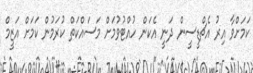
ކަމަށްވާ އިރު އެޗްޑީސީން ދަނީ އެކަން ހުއްޓުވުމަށް މަސައްކަތް ކުރަމުން ކަމަށް އަޒީމް